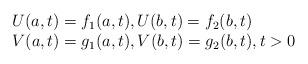
LaTeX: \begin{align*}\begin{array}{l}U(a,t)=f_{1}(a,t),U(b,t)=f_{2}(b,t) \\ V(a,t)=g_{1}(a,t),V(b,t)=g_{2}(b,t),t>0\end{array}\end{align*}